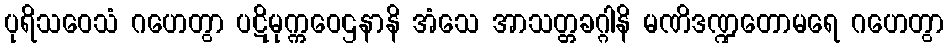
ပုရိသဝေသံ ဂဟေတွာ ပဋိမုက္ကဝေဌနာနိ အံသေ အာသတ္တခဂ္ဂါနိ မဏိဒဏ္ဍတောမရေ ဂဟေတွာ